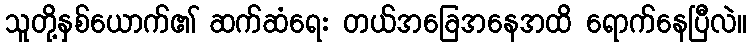
သူတို့နှစ်ယောက်၏ ဆက်ဆံရေး တယ်အခြေအနေအထိ ရောက်နေပြီလဲ။